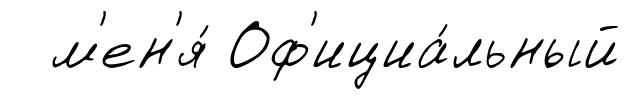
м'ен'я́ Оф'ициа́льный